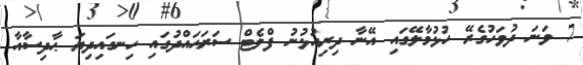
7 ވަނަ ދުވަހުގެރޭ ހުޅުމާލޭގައި އޭނާ ދިރިއުޅުނު ފްލެޓް ސަރަޙައްދުގައި ހިނގައިދިޔަ ޙާދިސާއާ